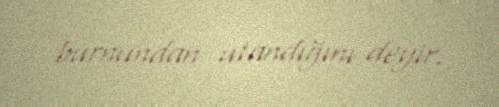
burnundan utandığını deyir.